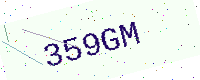
Text: 359GM